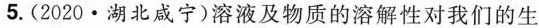
5. (2020·湖北咸宁) 溶液及物质的溶解性对我们的生